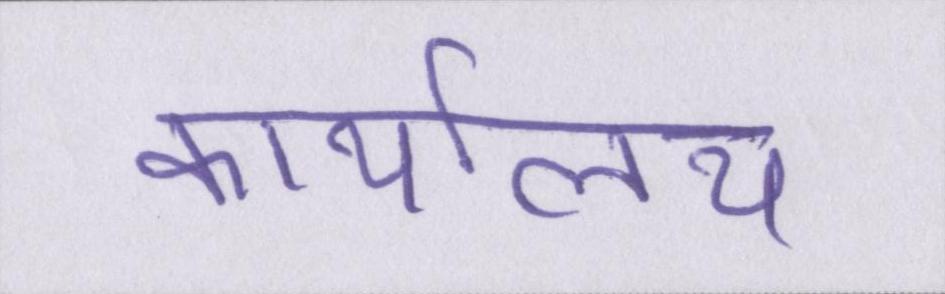
कार्यालय